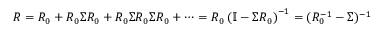
R = R _ { 0 } + R _ { 0 } \Sigma R _ { 0 } + R _ { 0 } \Sigma R _ { 0 } \Sigma R _ { 0 } + \dots = R _ { 0 } \left( \mathbb { I } - \Sigma R _ { 0 } \right) ^ { - 1 } = ( R _ { 0 } ^ { - 1 } - \Sigma ) ^ { - 1 }